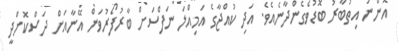
އޮންނަ އިތުބާރު ބޮޑުވެގެންދާނެއެވެ. އަދި ކުއްޖާގެ އަމިއްލަ ނަފްސަށް ބާރުފޯރުވަން އޭނާއަށް ދަސްކޮށްދީ